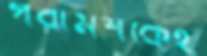
পরামর্শকেই